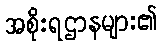
အစိုးရဌာနများ၏